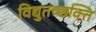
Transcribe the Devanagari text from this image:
विद्युतच्छक्ति